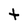
Character: t